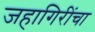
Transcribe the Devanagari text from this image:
जहागिरींचा